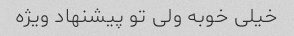
خیلی خوبه ولی تو پیشنهاد ویژه